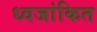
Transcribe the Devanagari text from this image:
ध्वजांकित